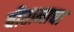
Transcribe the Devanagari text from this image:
वीरामाचा